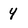
Character: 4